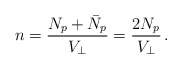
\begin{align*}n = {N_p + \bar N_p \over V_\perp } = {2 N_p \over V_\perp} \,.\end{align*}